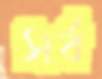
সর্ব